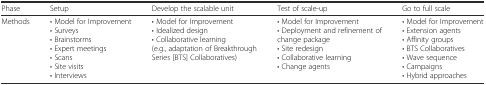
| Phase | Setup | Develop the scalable unit | Test of scale-up | Go to full scale |
 | --- | --- | --- | --- | --- |
 | Methods | • Model for Improvement• Surveys• Brainstorms• Expert meetings• Scans• Site visits• Interviews | • Model for Improvement• Idealized design• Collaborative learning (e.g., adaptation of Breakthrough Series [BTS] Collaboratives) | • Model for Improvement• Deployment and refinement of change package• Site redesign• Collaborative learning• Change agents | • Model for Improvement• Extension agents• Affinity groups• BTS Collaboratives• Wave sequence• Campaigns• Hybrid approaches |